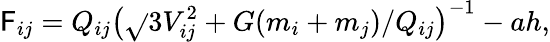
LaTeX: \mathsf{F}_{ij}=Q_{ij}\left(\sqrt{}{{3V_{ij}^{2}+G(m_{i}+m_{j})/Q_{ij}}}\right)^{-1}-ah,